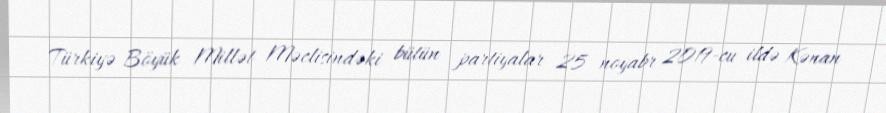
Türkiyə Böyük Millət Məclisindəki bütün partiyalar 25 noyabr 2019-cu ildə Kənan